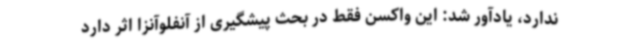
ندارد، یادآور شد: این واکسن فقط در بحث پیشگیری از آنفلوآنزا اثر دارد